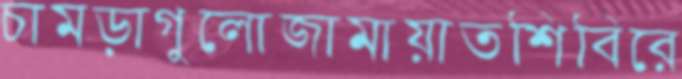
চামড়াগুলোজামায়াতশিবিরে